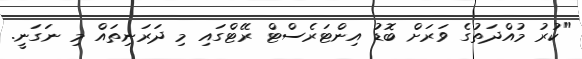
"ކުރު މުއްދަތުގެ ވަރަށް ބޮޑު އިންޓަރެސްޓް ރޭޓްގައި މި ދަރަނިތައް މި ނަގަނީ.